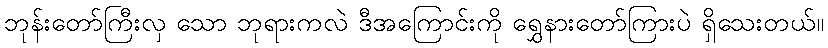
ဘုန်းတော်ကြီးလှ သော ဘုရားကလဲ ဒီအကြောင်းကို ရွှေနားတော်ကြားပဲ ရှိသေးတယ်။